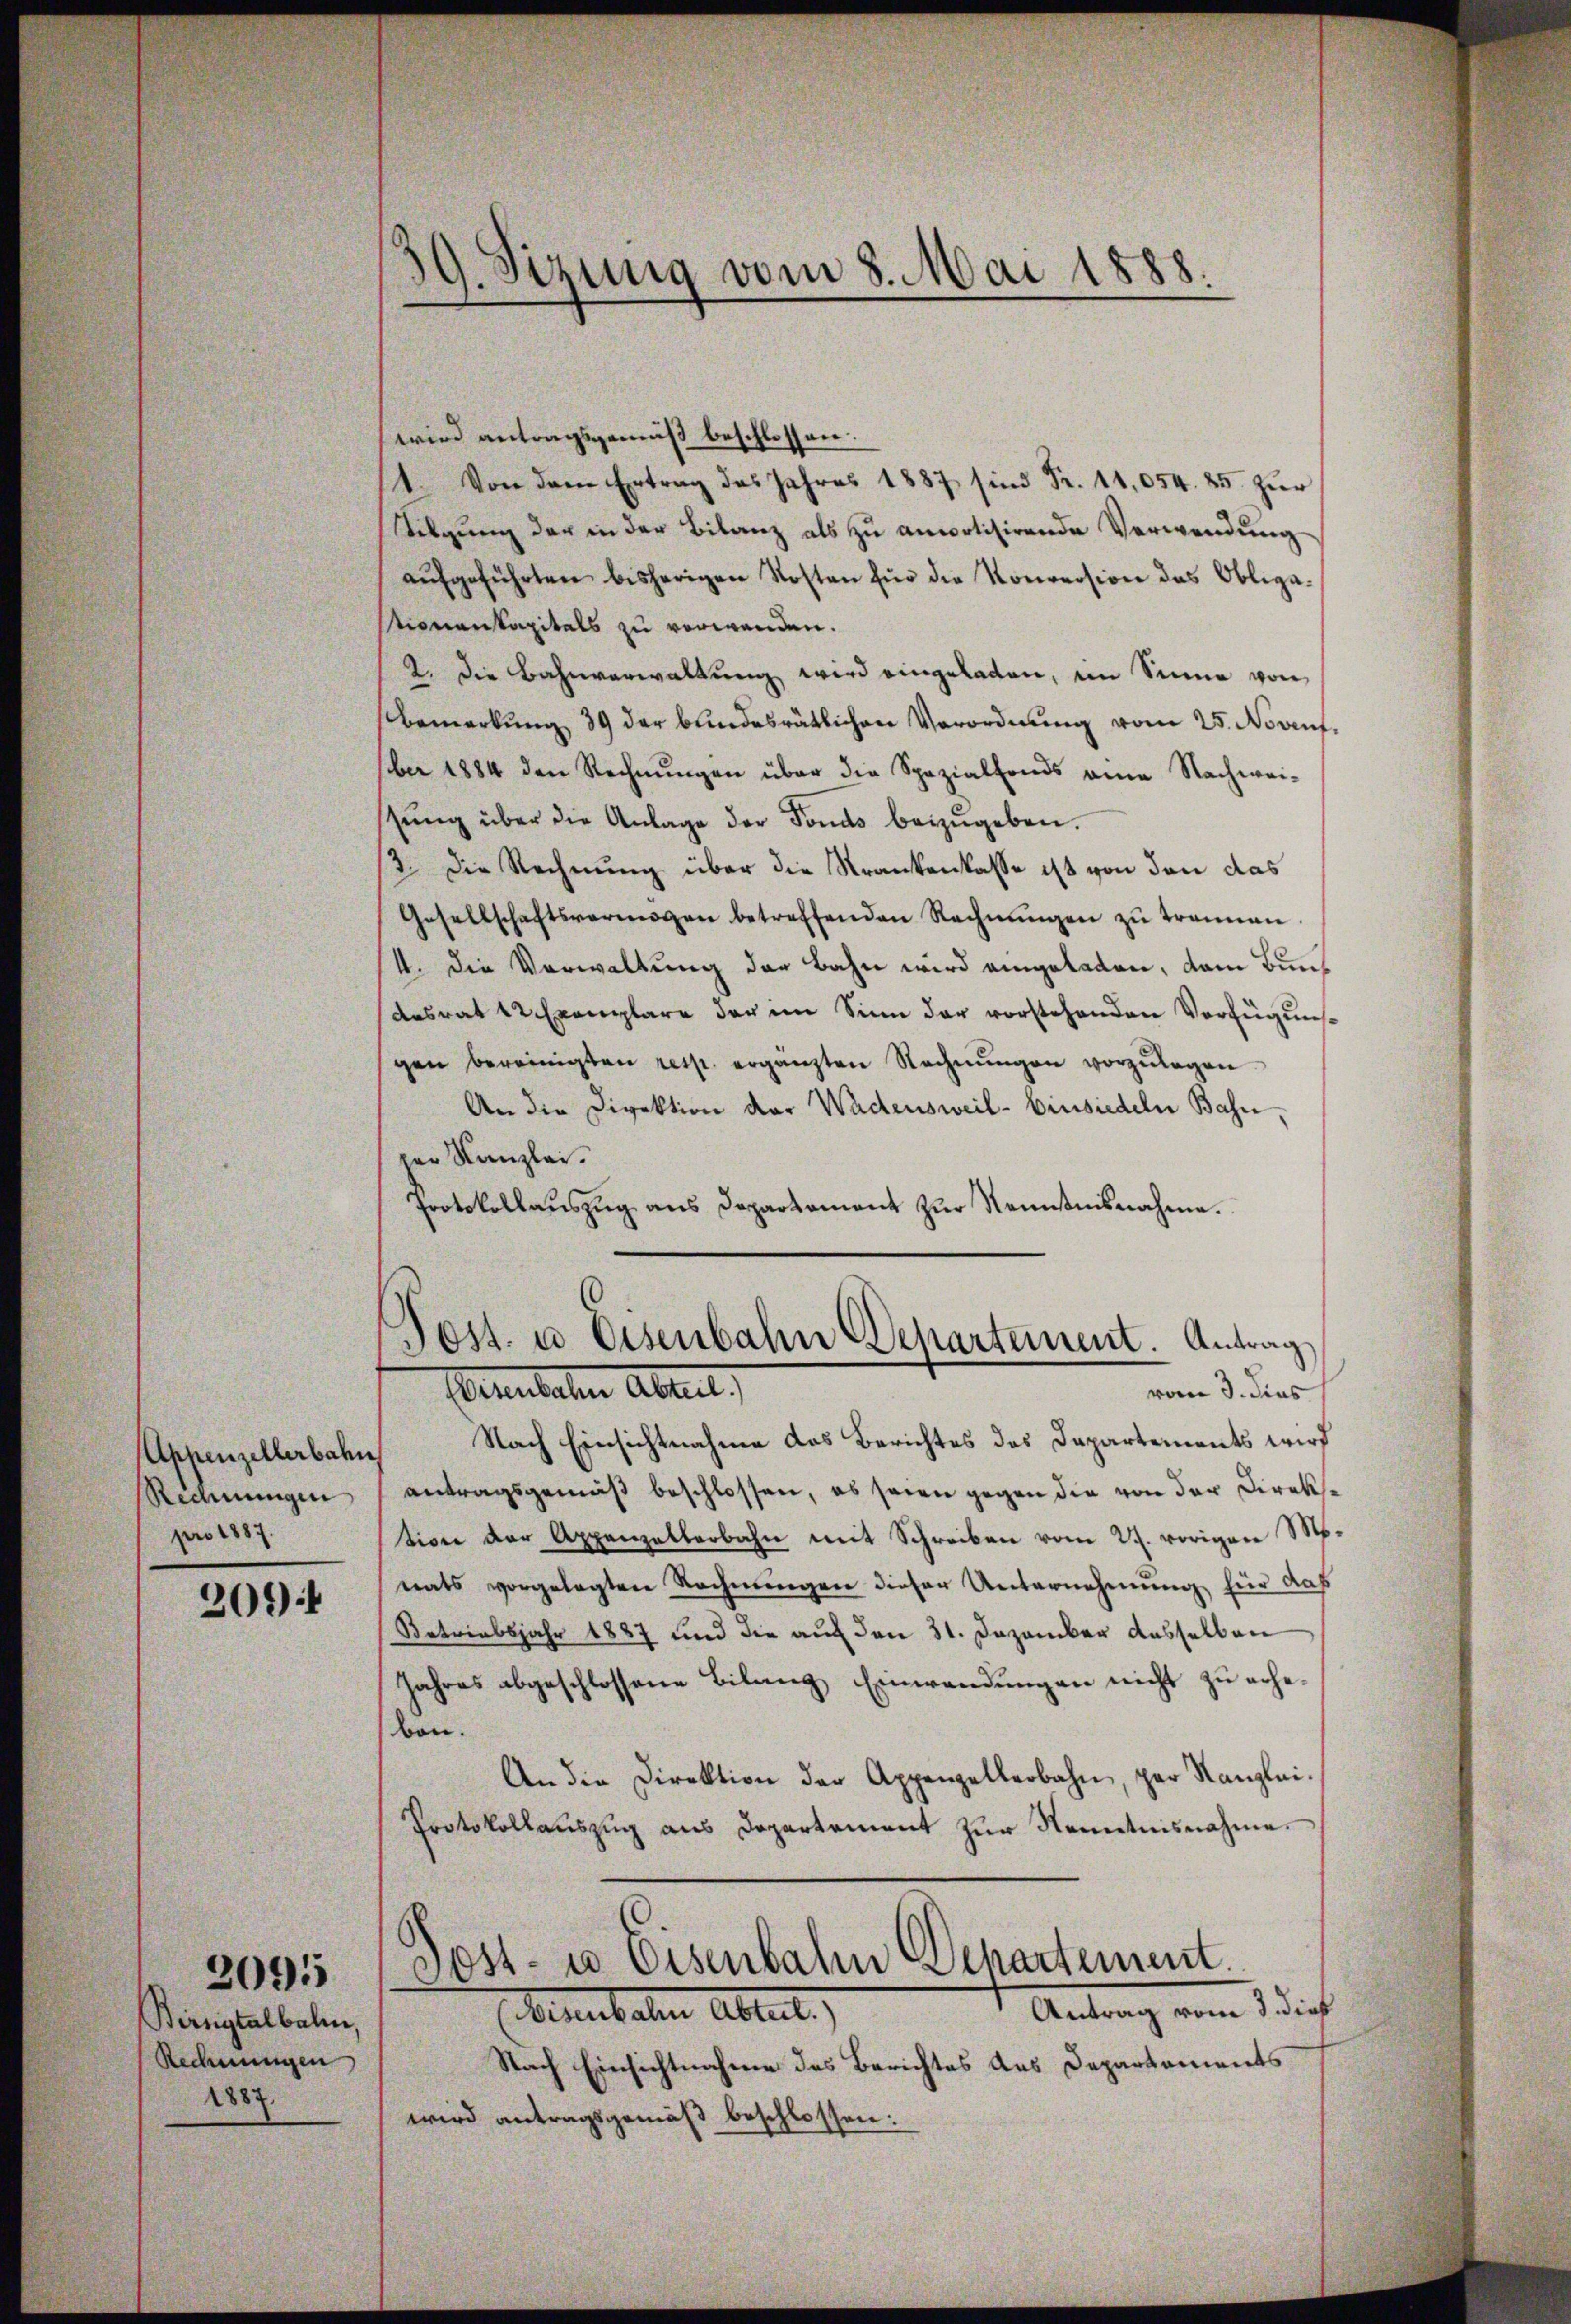
Appenzellerbahn
Rechnungen
pro 1887.

201)

Birngtalbahn,
Rechnungen
1887.

2095

wird antragsgemäß beschlossen:
1. Von dem Ertrag des Jahres 1887 sind Fr. 11,054. 25. zŭr
Wilgung der in der Bilanz als zu anwolisirende Verwendung
aŭfgeführten bisherigen Kosten für die Konversion das Obliga-
stionenkapitals zu verwenden.
2. die Bahnverwaltung wird eingeladen, im Sinne von
Bemerkung 39 der bundesrätlichen Verordnung vom 25. Noaufber 1884 den Rechnŭngen über die Spezialfonds eine Nachwei-
stŭng über die Anlage der Fonds beizŭgeben.
12. Die Rechnung über die Krankenkasse ist von den das
Gesellschaftsvermögen betreffenden Rechnŭngen zŭ trennen.
4. die Verwaltung der Bahn wird eingeladen, dem Bundesrat 12 Exemplare der im Sinn der vorstehenden Verfügung
gen bereinigten resp. ergänzten Rechnŭngen vorzŭlegen
An die Direktion der Wadensweil- Einsiedeln Bahn,
der Kanzlei.
Protokollauszug aus Departament zur Nenntnisnahme.

9. Sizung vom 8. Mai 1888.

Post- u Eisenbahn Departement. Antrag.
vom 3. dies
Pennitaten Abteil

Nach Einsichtnahme das Berichtes des Departements wird
antragsgemäß beschlossen, es seien gegen die von der Direkione der Appenzelterbahn mit Schreiben vom 27. vorigen Ms.
nats vorgelegten Rechnungen dieser Unternehmung für das
Betriebsjahr 1887 und die auf den 31. Dezember dasselben
Jahres abgeschlossene Bilanz Einwendungen nicht zu erhebon.
An die Direktion der Appenzellerbahn, par Kanzlei.
Protokollauszug aus Departement zur Kenntnisnahme.
Post- u Eisenbahn Departement.
Antrag vom 3. dieß
Birnbahn Ables.)
Nach Einsichtnahme des Berichtes des Departements
wird antragsgemäß beschlossen: